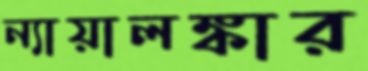
ন্যায়ালঙ্কার